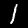
Label: 1